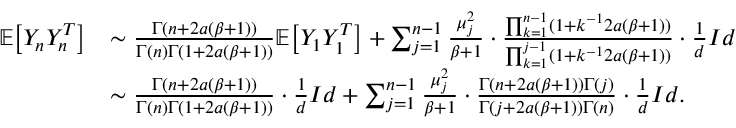
\begin{array} { r l } { \mathbb { E } \big [ Y _ { n } Y _ { n } ^ { T } \big ] } & { \sim \frac { \Gamma ( n + 2 a ( \beta + 1 ) ) } { \Gamma ( n ) \Gamma ( 1 + 2 a ( \beta + 1 ) ) } \mathbb { E } \big [ Y _ { 1 } Y _ { 1 } ^ { T } \big ] + \sum _ { j = 1 } ^ { n - 1 } \frac { \mu _ { j } ^ { 2 } } { \beta + 1 } \cdot \frac { \prod _ { k = 1 } ^ { n - 1 } ( 1 + k ^ { - 1 } 2 a ( \beta + 1 ) ) } { \prod _ { k = 1 } ^ { j - 1 } ( 1 + k ^ { - 1 } 2 a ( \beta + 1 ) ) } \cdot \frac { 1 } { d } I d } \\ & { \sim \frac { \Gamma ( n + 2 a ( \beta + 1 ) ) } { \Gamma ( n ) \Gamma ( 1 + 2 a ( \beta + 1 ) ) } \cdot \frac { 1 } { d } I d + \sum _ { j = 1 } ^ { n - 1 } \frac { \mu _ { j } ^ { 2 } } { \beta + 1 } \cdot \frac { \Gamma ( n + 2 a ( \beta + 1 ) ) \Gamma ( j ) } { \Gamma ( j + 2 a ( \beta + 1 ) ) \Gamma ( n ) } \cdot \frac { 1 } { d } I d . } \end{array}